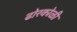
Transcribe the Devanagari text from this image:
ढोरकोळी